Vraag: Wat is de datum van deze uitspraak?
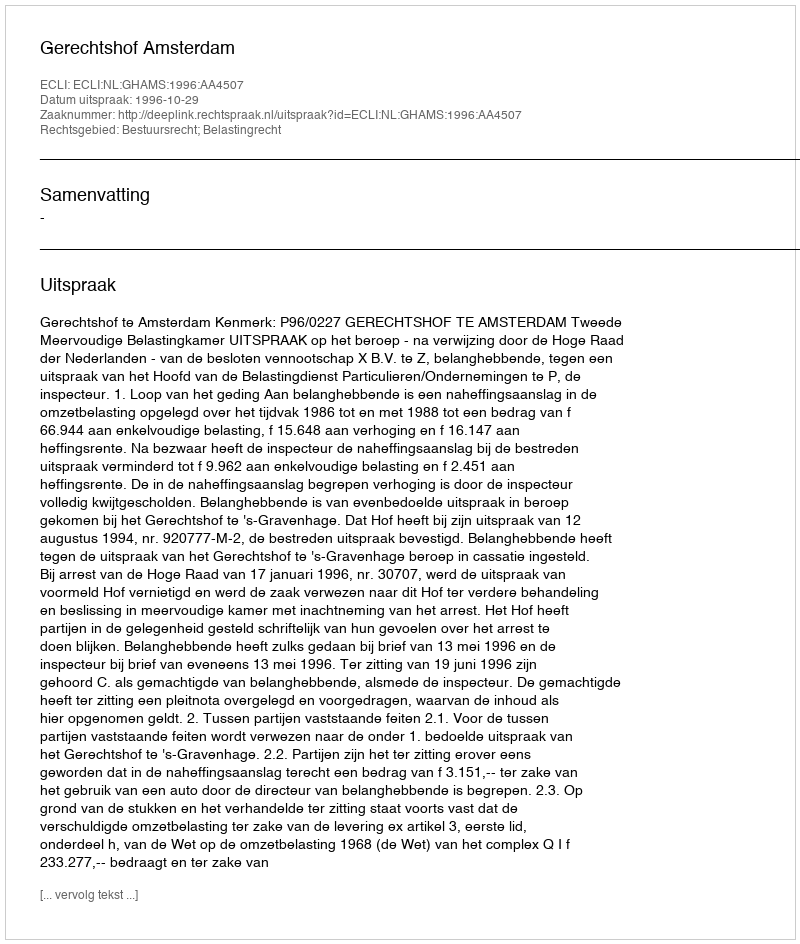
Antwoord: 1996-10-29